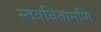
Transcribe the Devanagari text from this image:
स्तवचिंतामणि